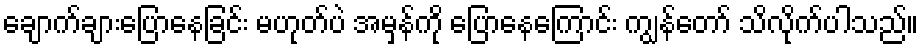
ချောက်ချားပြောနေခြင်း မဟုတ်ပဲ အမှန်ကို ပြောနေကြောင်း ကျွန်တော် သိလိုက်ပါသည်။